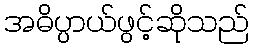
အဓိပ္ပာယ်ဖွင့်ဆိုသည်